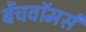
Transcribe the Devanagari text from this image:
बेंचवॉमर्स